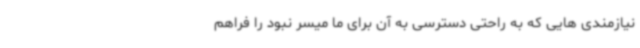
نیازمندی هایی که به راحتی دسترسی به آن برای ما میسر نبود را فراهم